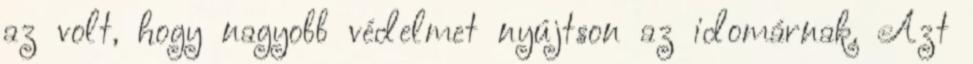
az volt, hogy nagyobb védelmet nyújtson az idomárnak. Azt